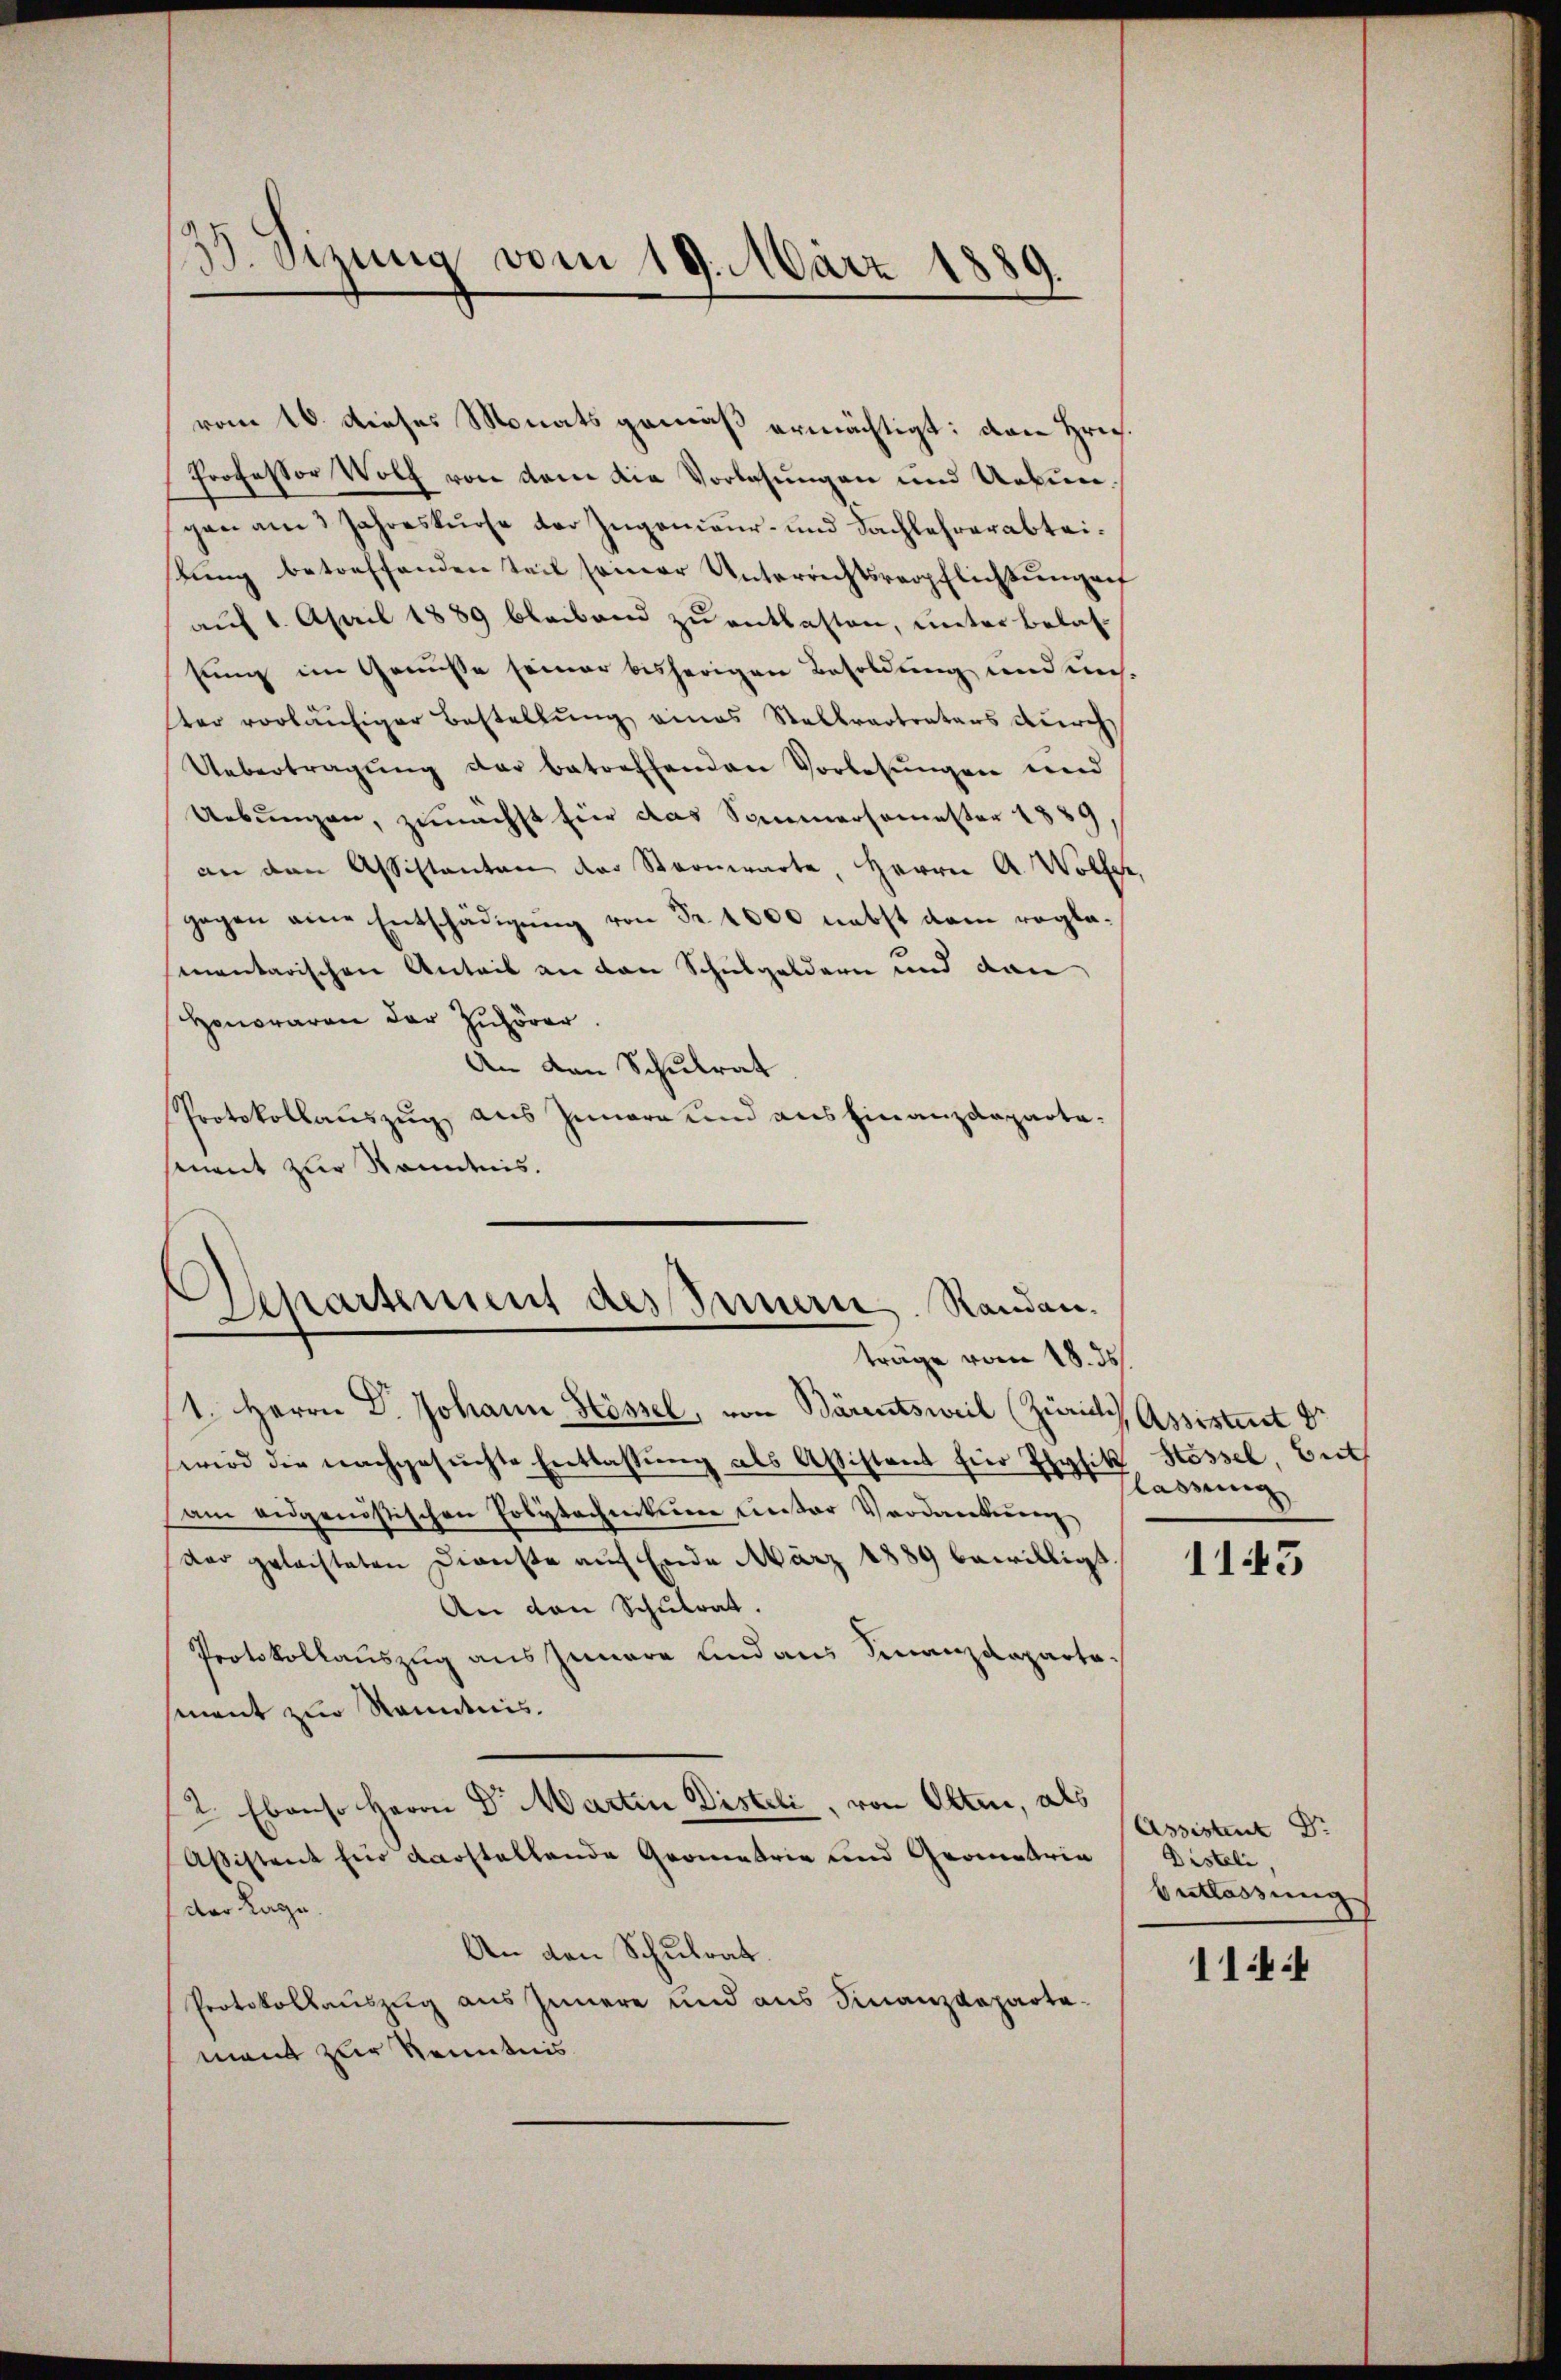
39. Sizung vom 19. März 1889.

vom 16. dieses Monats gemäß ermächtigt: von Hrn.
Professor Wolf von dem die Vorlesungen und Uebun
gen am 1 Jahreskurse der Zugenieur- und Fachlehrerabteisŭng betreffenden Seit seiner Unterrichtsverpflichtŭngen
aŭf 1. April 1889 bleibend zŭ entlasten, unter belas-
sung im Genüsse seiner bisherigen Besoldung und unster vorläufiger Bestellung eines Stellvertreters durch
Uebertragung der betreffenden Vorlesungen und
Uebungen, zunächst für das Sommersemester 1889
an den Assistanten der Sternwarte, Herrn A. Wolfer,
gegen eine Entschädigung von Fr. 1000 nebst dem regle¬
3
mentarischen Anteil an den Schulgeldern und dan
Honoraren der Zuhörer.
An den Schulrat
Protokollauszug aus Innere und ausfinanzdepartesmet zur Kenntnis.

Aparsement des Innern Randen.
träge vom 18. ds.

1. Herrn Dr. Johann Hössel, von Bärentsweil (Zürich Assistent d
i
wird die nachgesŭchte Entlassŭng als Assistant für Physik
am aŭgenössischen Polytechniten unter Verdankung
dar geleisteten Dienste auf Ende März 1889 bewilligt
An den Schulrat.
Protokollauszug aus Innere und aus Finanzdeparte.
sment zur Kenntnis.
2. Ebenso Herrn Dr. Martin Disteli, von Olten, als
Aßistent für darstellende Grometrie und Grometrie
der Lage.
An den Schulrat.
Protokollauszug aus Innere und aus Finanzdepartemant zur Kenntnis

Hössel, Guth
lassung

1145

Assistent Dr.
Disteli,
Entlassung

11:4